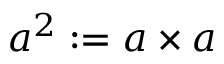
a ^ { 2 } : = a \times a